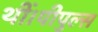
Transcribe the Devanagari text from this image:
थीं।पीपुल्स